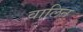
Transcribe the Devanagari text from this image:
वालिन्